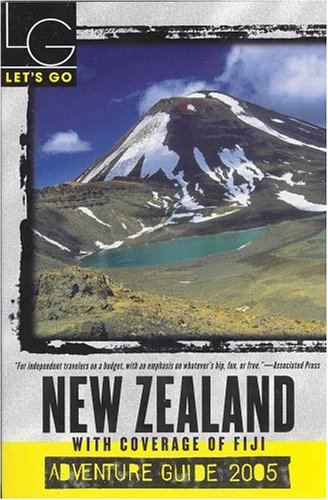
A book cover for Let's Go 2005 New Zealand Adventure: With Coverage of Fiji (Let's Go: New Zealand); Let's Go Inc.; Travel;